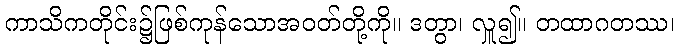
ကာသိကတိုင်း၌ဖြစ်ကုန်သောအဝတ်တို့ကို။ ဒတွာ၊ လှူ၍။ တထာဂတဿ၊